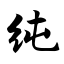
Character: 纯